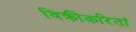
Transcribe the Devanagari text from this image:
विक्रीकरितां